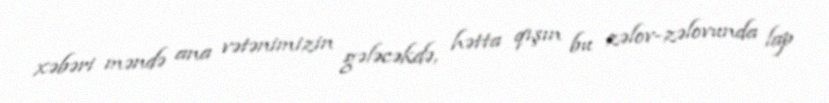
xəbəri məndə ana vətənimizin gələcəkdə, hətta qışın bu zəlov-zəlovunda lap